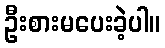
ဦးစားမပေးခဲ့ပါ။